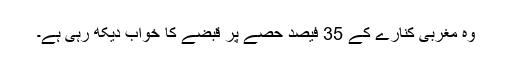
وہ مغربی کنارے کے 35 فیصد حصے پر قبضے کا خواب دیکھ رہی ہے۔